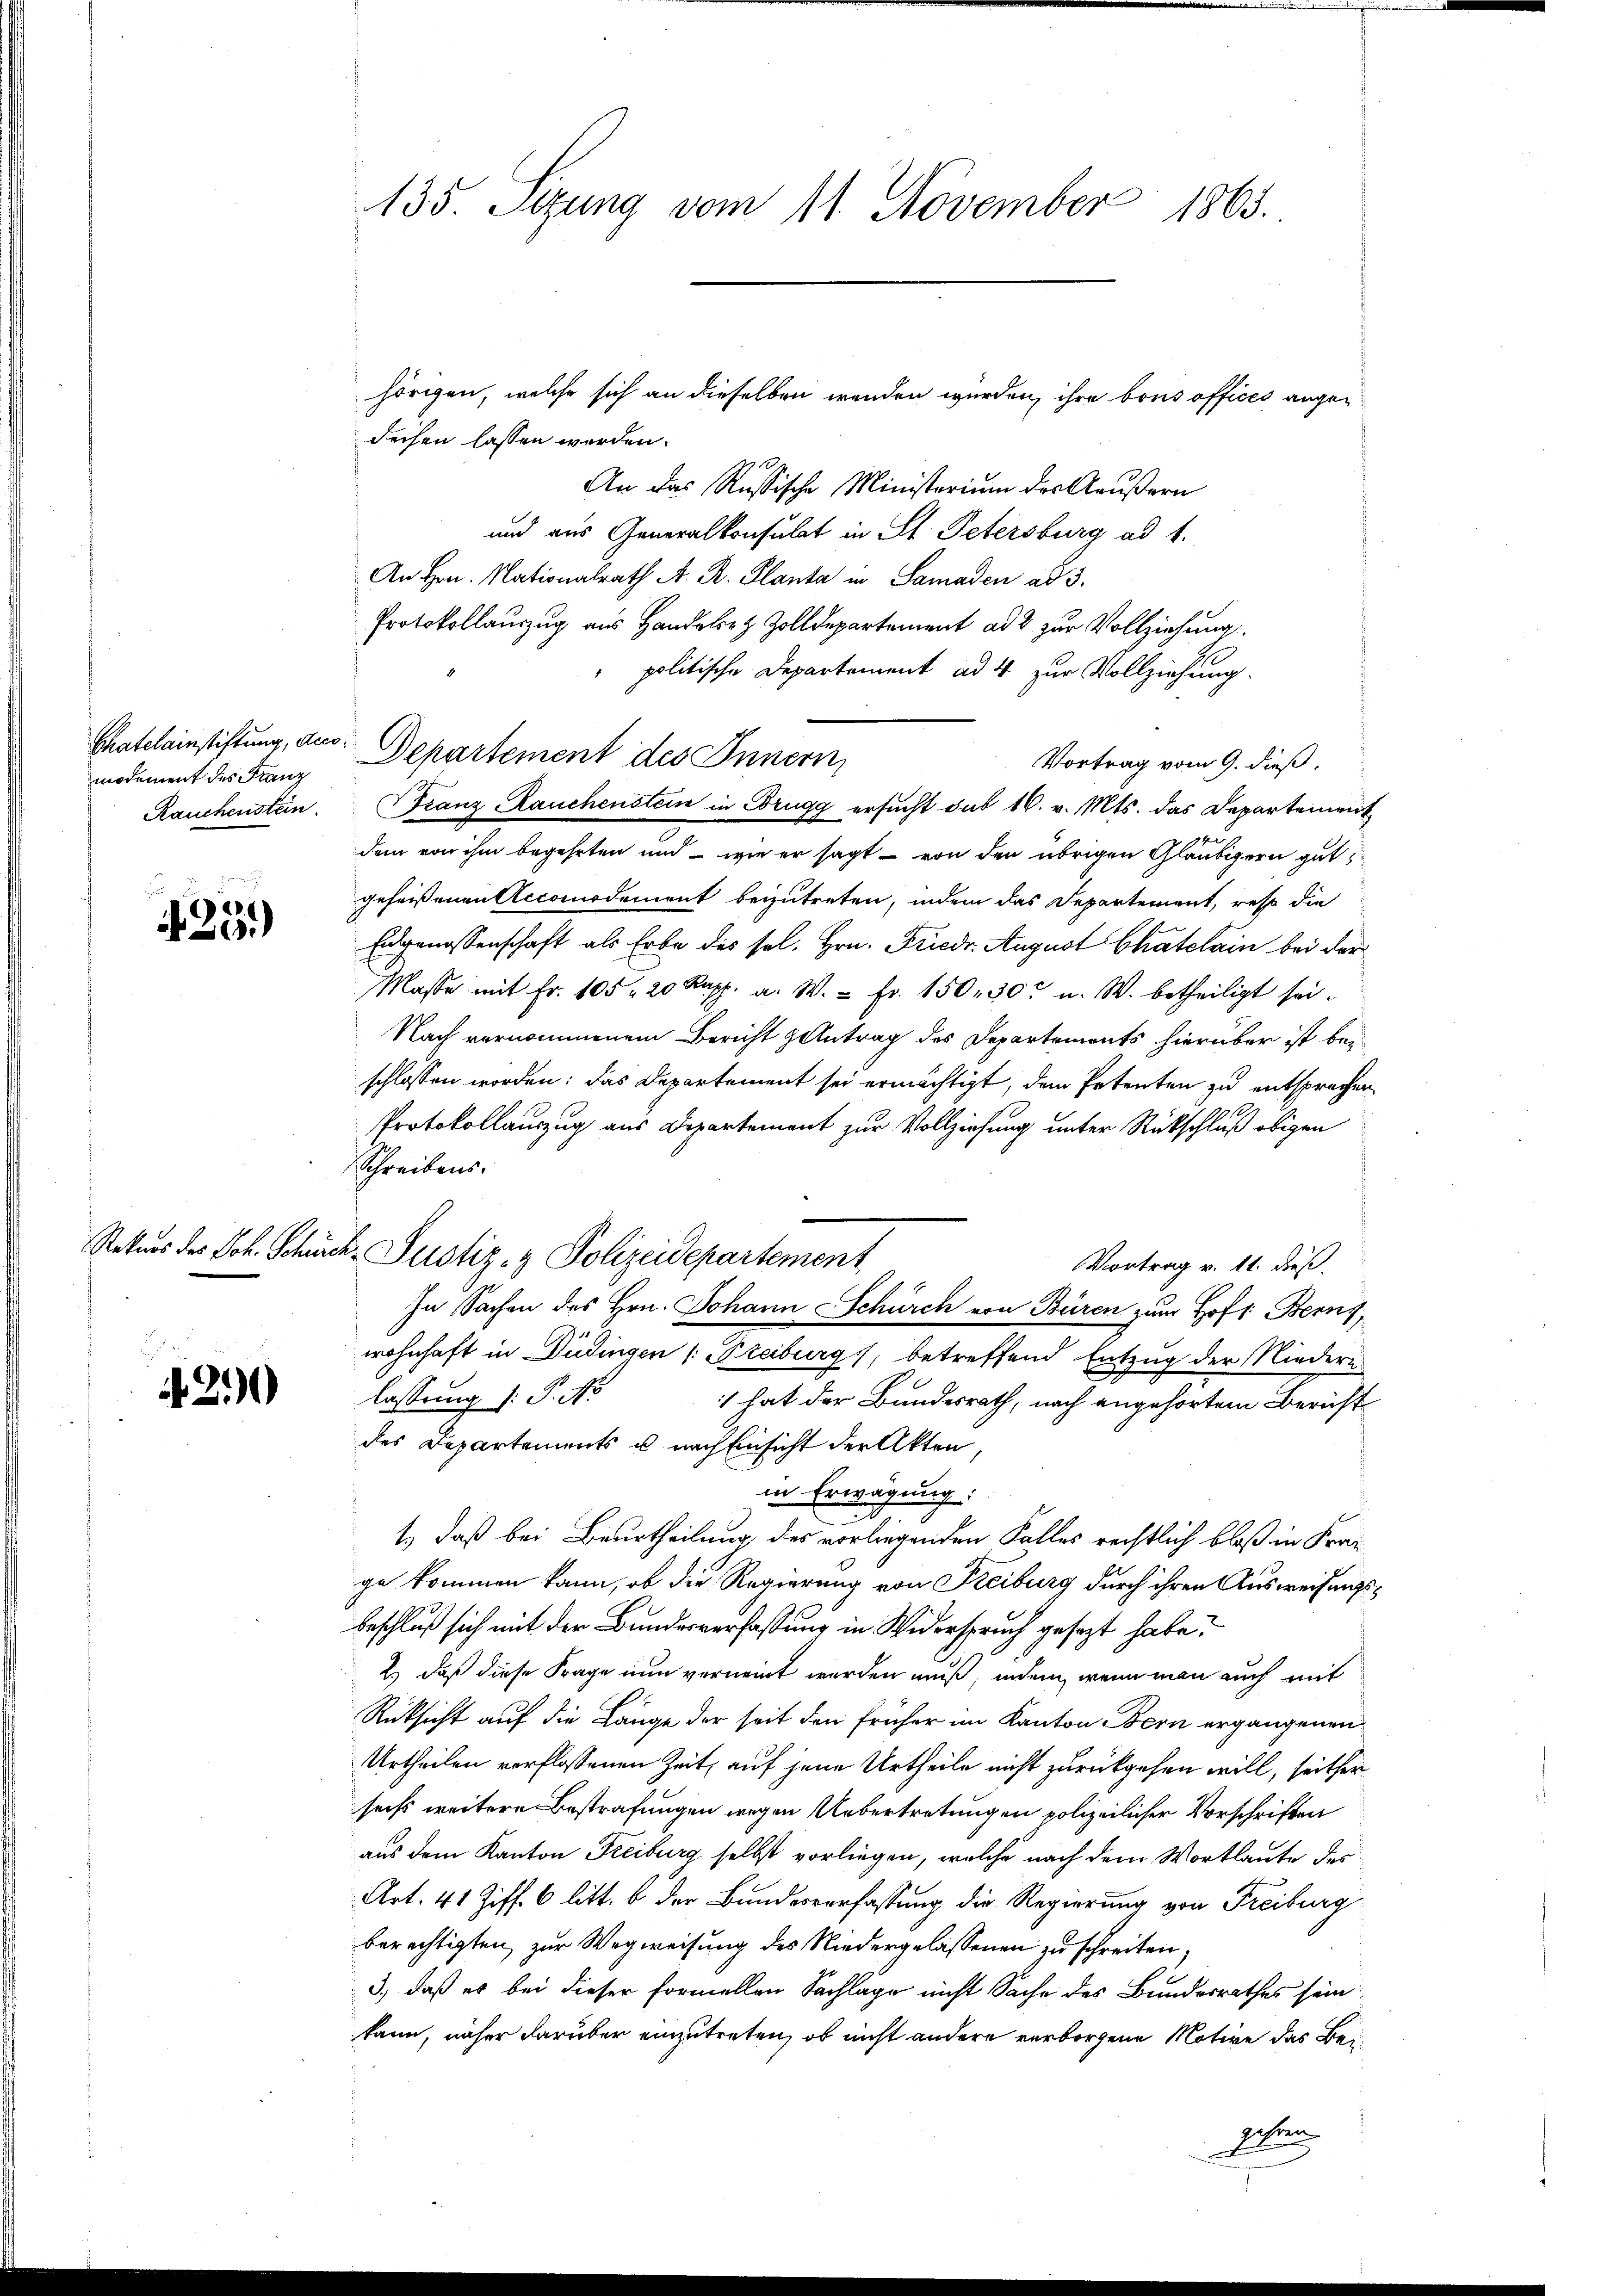
modement des Franz
Rauchenstein.

d
23.)

Rekurs des Joh. Schirer

2

135. Sizung vom 11. November 1865.

Chateleinstiftung, aus: Departement des Innern,

deisen lassen werden.
An das Russische Ministerium des Aeußern
und aus Generalkonsulat in St. Petersburg ad 1.
An Hrn. Nationalrath A. R. Planta in Samaden ad 3.
Protokollauszug aus Handelez Zolldepartement ad 2 zur Vollziehung.
politische Departement ad 4 zur Vollziehung.
Vortrag vom 9. dieß.
dem von ihm begehrten und wie er sagt – von den übrigen Gläubigern gut
geheißenen Accomodement beizutreten, indem das Departement, resp die
Eidgenossenschaft als Erbe des sel. Hrn. Friedr. August Chatelain bei der
Masse mit Fr. 105. 20 Rapp. a. W. - Fr. 150, 30 u. W. betheiligt sei.
Nach vernommenem Bericht Antrag des Departements hierüber ist bei
schlossen worden: das Departement sei ermächtigt, dem Petenten zu entsprochen
Protokollauszug aus Departement zur Vollziehung unter Rückschluß obigen
Schreibens:
E. Justiz- & Polizeidepartement
Vortrag v. 11. dieß.
In Sachen des Hrn. Johann Schürch von Büren zum Hofs Berns,
wohnhaft in Düdingen 1. Freiburg, betreffend Entzug der Niedern
lassung /: P. No
1 hat der Bundesrath, nach angehörtem Bericht
des Departements u. nach Einsicht der Akten
in Erwägung:
2
1) daß bei Beurtheilung des vorliegenden Falles rechtlich bloß in Kran
ge kommen kann, ob die Regierung von Freiburg durch ihren Ausweisungsbeschluß sich mit der Bundesverfassung in Widerspruch gesezt habe.
2.) daß diese Frage nun verneint werden muß, indem, wenn man auch mit
Rüksicht auf die Länge der seit den früher im Kanton Bern ergangenen
Urtheilen verflossenen Zeit, auf jene Urtheile nicht zurückgehen will, seither
sechs weitere Bestrafungen wegen Uebertretungen polizeilicher Vorschriften
aus dem Kanton Freiburg selbst vorliegen, welche nach dem Wortlaute des
Art. 41 Ziff. 6 litt. b der Bundesverfassung die Regierung von Freiburg
berechtigten zur Wegweisung des Niedergelassenen zu schreiten,
3.) daß es bei dieser formellen Sachläge nicht Sache des Bundesrathes sein
kann, näher darüber einzutreten, ob nicht andere verborgene Motive das Beigeboren

hörigen, welche sich an dieselben wenden wurden, ihre bons offices ange¬

Franz Rauchenstein in Brugg ersucht sub 16. v. Mts. das Departement